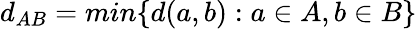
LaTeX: d_{AB}=min\{ d(a,b):a\in A,b\in B\}